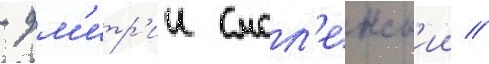
- дм'итр'ии смол'енск'ии //